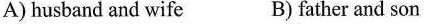
A) husband and wife B) father and son